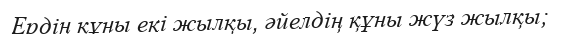
Ердің құны екі жылқы, әйелдің құны жүз жылқы;